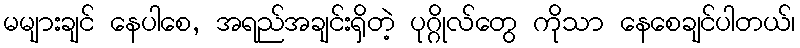
မများချင် နေပါစေ, အရည်အချင်းရှိတဲ့ ပုဂ္ဂိုလ်တွေ ကိုသာ နေစေချင်ပါတယ်၊